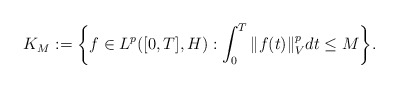
\begin{align*}K_M := \bigg\{ f\in L^p([0,T],H) : \int_0^T \Vert f(t) \Vert_V^p dt \leq M \bigg\}.\end{align*}